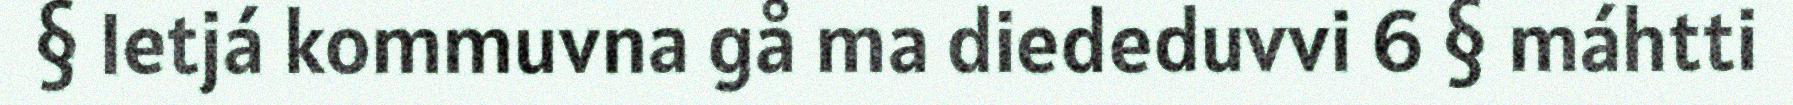
§ Ietjá kommuvna gå ma diededuvvi 6 § máhtti